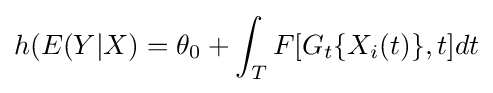
h(E(Y|X)=\theta _{0}+\int _{T}F[G_{t}\{X_{i}(t)\},t]dt